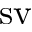
\operatorname { s v }